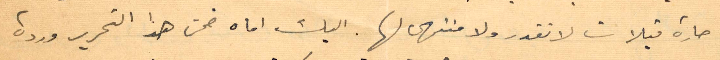
حارة قبلات لا تقدر ولا منتهى لها. اليك اماه ضمن هذا التحرير وردة